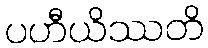
ပဟီယိဿတိ